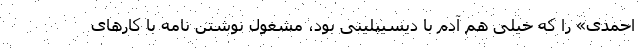
احمدی» را که خیلی هم آدم با دیسیپلینی بود، مشغول نوشتن نامه با کارهای